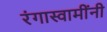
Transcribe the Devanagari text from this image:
रंगास्वामींनी